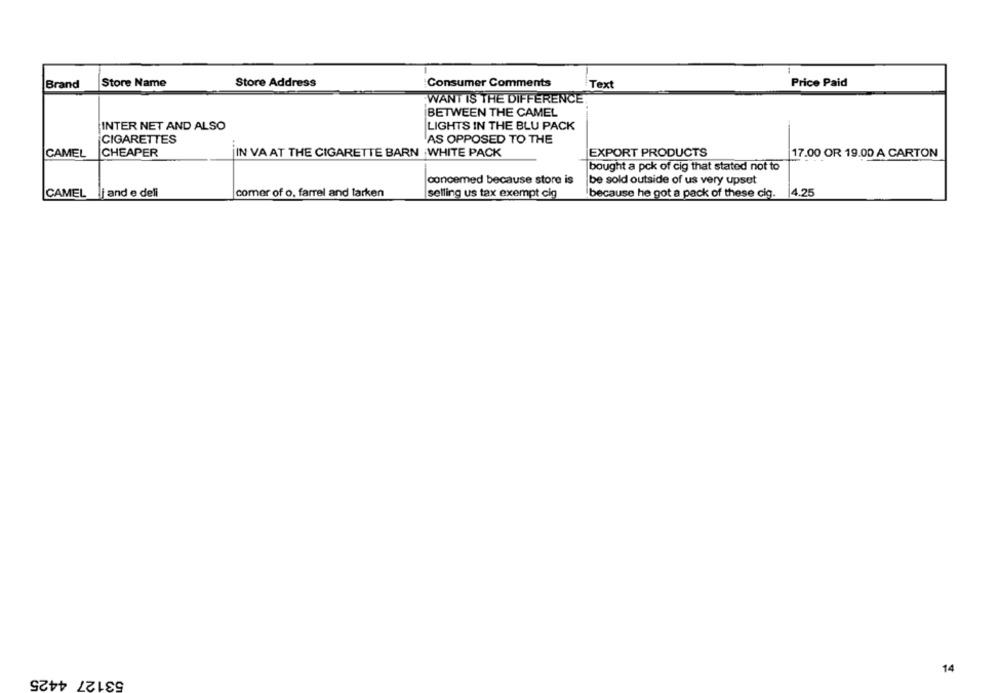
Store Name
Store Address
:Consumer Comments
Price Paid
Brand
Text
WANT IS THE DIFFERENCE
BETWEEN THE CAMEL
INTER NET AND ALSO
LIGHTS IN THE BLU PACK
CIGARETTES
AS OPPOSED TO THE
CAMEL
CHEAPER
IN VA AT THE CIGARETTE BARN WHITE PACK
EXPORT PRODUCTS
17.00 OR 19.00 A CARTON
bought a pck of cig that stated not to
concemed because store is
be sold outside of us very upset
CAMEL and e deli
comer of o. farrel and larken
selling us tax exempt cig
because he got a pack of these cig.
4.25
53127 4425
14